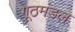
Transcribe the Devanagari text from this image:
गूठमंडल